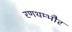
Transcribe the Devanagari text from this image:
रणथम्‍भौर